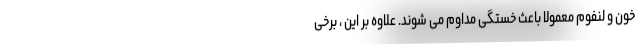
خون و لنفوم معمولاً باعث خستگی مداوم می شوند. علاوه بر این ، برخی